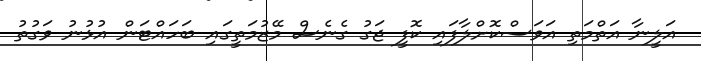
އަލީނާ އަތްމަތި އަވަސްކޮށްލާފައި ކޮފީ ޖަގު ގެނެސް މޭޒުމަތީގައި ބަހައްޓަން އުޅުނު ވަގުތު